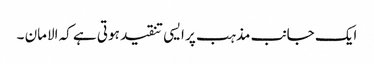
ایک جانب مذہب پر ایسی تنقید ہوتی ہے کہ الامان ۔